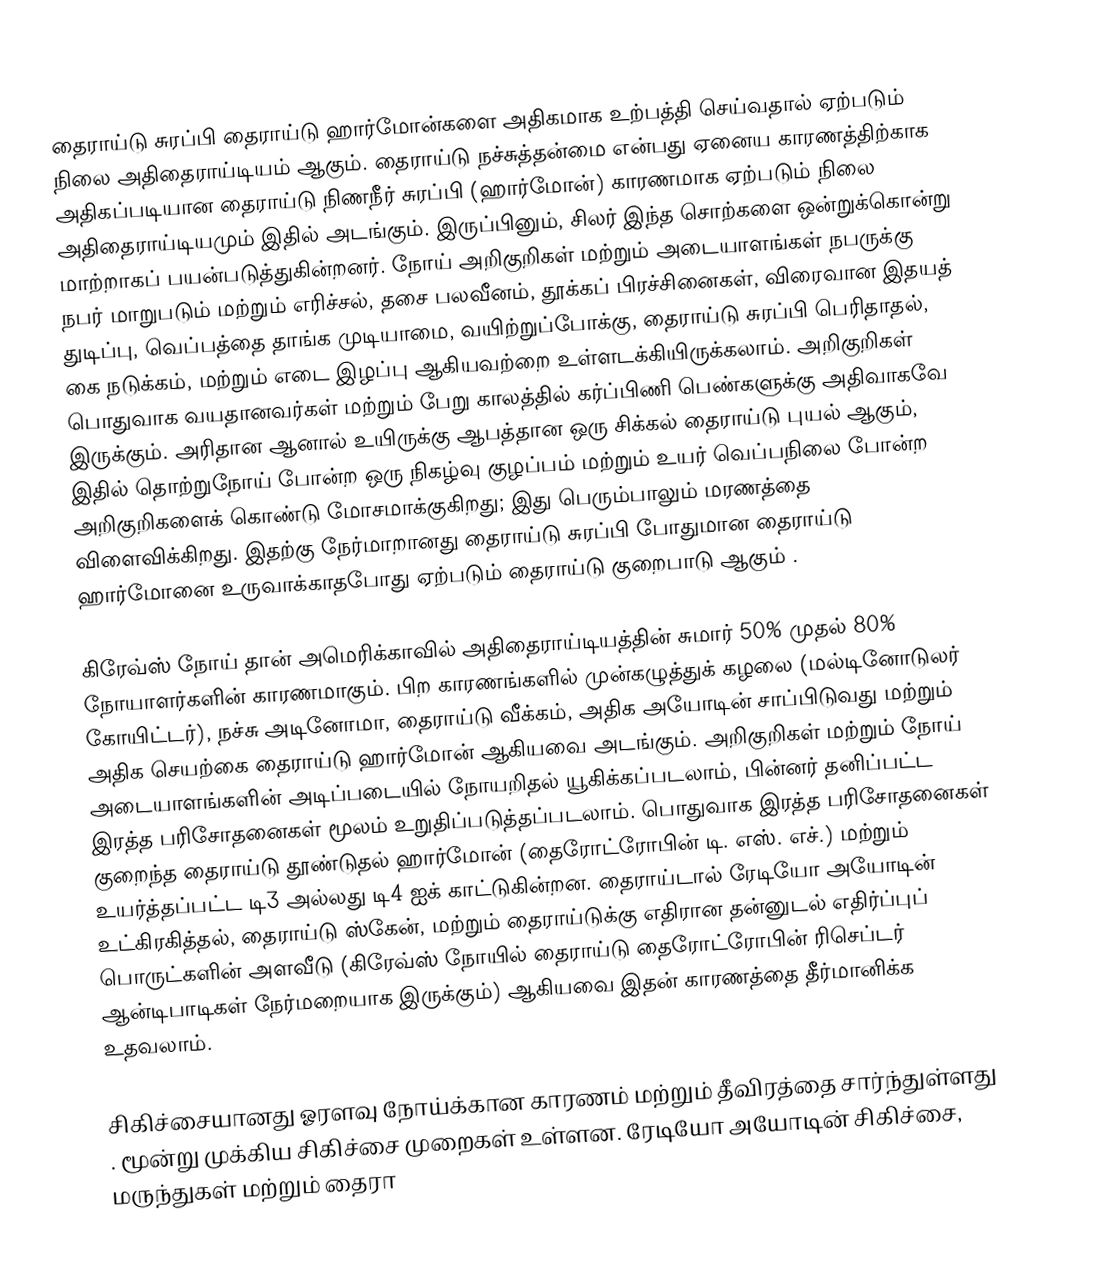
தைராய்டு சுரப்பி தைராய்டு ஹார்மோன்களை அதிகமாக உற்பத்தி செய்வதால் ஏற்படும் நிலை அதிதைராய்டியம் ஆகும். தைராய்டு நச்சுத்தன்மை என்பது ஏனைய காரணத்திற்காக அதிகப்படியான தைராய்டு  நிணநீர் சுரப்பி (ஹார்மோன்) காரணமாக ஏற்படும் நிலை அதிதைராய்டியமும் இதில் அடங்கும். இருப்பினும், சிலர் இந்த சொற்களை ஒன்றுக்கொன்று மாற்றாகப் பயன்படுத்துகின்றனர். நோய் அறிகுறிகள் மற்றும் அடையாளங்கள் நபருக்கு நபர் மாறுபடும் மற்றும் எரிச்சல், தசை பலவீனம், தூக்கப் பிரச்சினைகள், விரைவான இதயத் துடிப்பு, வெப்பத்தை தாங்க முடியாமை, வயிற்றுப்போக்கு, தைராய்டு சுரப்பி பெரிதாதல், கை நடுக்கம், மற்றும் எடை இழப்பு ஆகியவற்றை உள்ளடக்கியிருக்கலாம். அறிகுறிகள் பொதுவாக வயதானவர்கள் மற்றும் பேறு காலத்தில் கர்ப்பிணி பெண்களுக்கு  அதிவாகவே இருக்கும். அரிதான ஆனால் உயிருக்கு ஆபத்தான ஒரு சிக்கல் தைராய்டு புயல் ஆகும், இதில் தொற்றுநோய் போன்ற ஒரு நிகழ்வு குழப்பம் மற்றும் உயர் வெப்பநிலை போன்ற அறிகுறிகளைக் கொண்டு மோசமாக்குகிறது; இது பெரும்பாலும் மரணத்தை விளைவிக்கிறது. இதற்கு நேர்மாறானது தைராய்டு சுரப்பி போதுமான தைராய்டு ஹார்மோனை உருவாக்காதபோது ஏற்படும் தைராய்டு குறைபாடு ஆகும் .

கிரேவ்ஸ் நோய் தான் அமெரிக்காவில் அதிதைராய்டியத்தின் சுமார் 50% முதல் 80% நோயாளர்களின் காரணமாகும். பிற காரணங்களில் முன்கழுத்துக் கழலை (மல்டினோடுலர் கோயிட்டர்), நச்சு அடினோமா, தைராய்டு வீக்கம், அதிக அயோடின் சாப்பிடுவது மற்றும் அதிக செயற்கை தைராய்டு ஹார்மோன் ஆகியவை அடங்கும். அறிகுறிகள் மற்றும் நோய் அடையாளங்களின் அடிப்படையில் நோயறிதல் யூகிக்கப்படலாம், பின்னர் தனிப்பட்ட இரத்த பரிசோதனைகள் மூலம் உறுதிப்படுத்தப்படலாம். பொதுவாக இரத்த பரிசோதனைகள் குறைந்த தைராய்டு தூண்டுதல் ஹார்மோன் (தைரோட்ரோபின் டி. எஸ். எச்.) மற்றும் உயர்த்தப்பட்ட டி3 அல்லது டி4 ஐக் காட்டுகின்றன. தைராய்டால் ரேடியோ அயோடின் உட்கிரகித்தல், தைராய்டு ஸ்கேன், மற்றும் தைராய்டுக்கு எதிரான தன்னுடல் எதிர்ப்புப் பொருட்களின் அளவீடு (கிரேவ்ஸ் நோயில் தைராய்டு தைரோட்ரோபின் ரிசெப்டர் ஆன்டிபாடிகள் நேர்மறையாக இருக்கும்) ஆகியவை இதன் காரணத்தை தீர்மானிக்க உதவலாம்.

சிகிச்சையானது ஓரளவு நோய்க்கான காரணம் மற்றும் தீவிரத்தை சார்ந்துள்ளது . மூன்று முக்கிய சிகிச்சை முறைகள் உள்ளன. ரேடியோ அயோடின் சிகிச்சை, மருந்துகள் மற்றும் தைரா